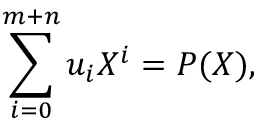
\sum _ { i = 0 } ^ { m + n } u _ { i } X ^ { i } = P ( X ) ,